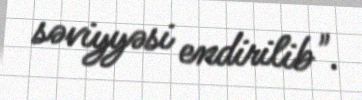
səviyyəsi endirilib".